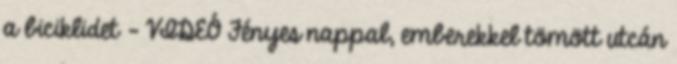
a biciklidet – VIDEÓ Fényes nappal, emberekkel tömött utcán